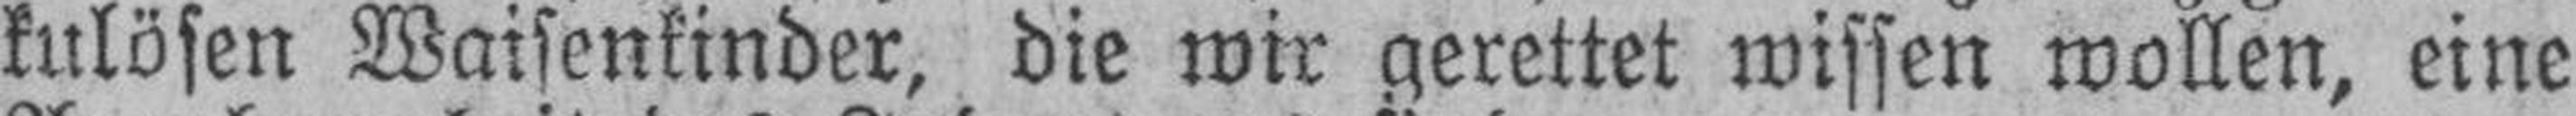
kulösen Waisenkinder, die wir gerettet wissen wollen, eine